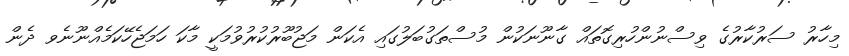
މިހާރު ސަރުކާރުގެ ވިސްނުންހުރިގޮތައް ގާނޫނަކުން މުސްތަގުބަލުގައި އެކަން މަޖުބޫރުކުރުވުމަކީ މާކަ ހަމަޖެހޭކަމެއްނޫނެވ ދެން